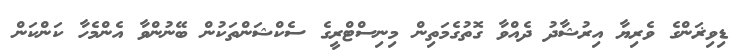
ޑިވިޜަންގެ ވެރިޔާ އިރުޝާދު ދެއްވާ ގޮތުގެމަތިން މިނިސްޓްރީގެ ސެކްޝަންތަކުން ބޭނުންވާ އެންމެހާ ކަންކަން